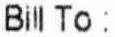
BILL TO :